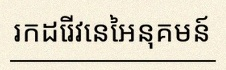
រកដេរីវេនៃអនុគមន៍